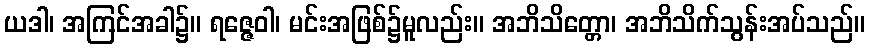
ယဒါ၊ အကြင်အခါ၌။ ရဇ္ဇေဝါ၊ မင်းအဖြစ်၌မူလည်း။ အဘိသိတ္တော၊ အဘိသိက်သွန်းအပ်သည်။